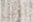
بإبني